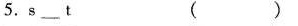
5.s___t ( )